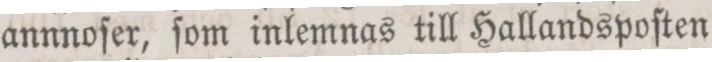
annnoſer, ſom inlemnas till Hallandspoſten